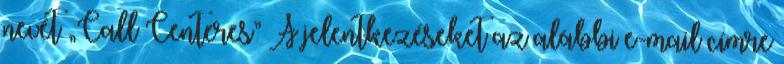
nevét „Call Centeres” A jelentkezéseket az alábbi e-mail címre